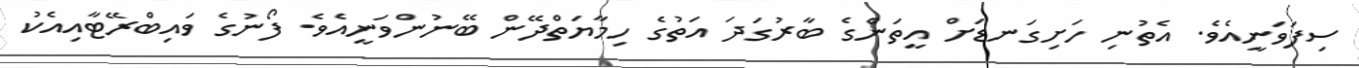
ސިފަވަނީއެވެ. އެތުނި ހަށިގަނޑަށް އީތަންގެ ބާރުގަދަ އަތުގެ ހިމާޔަތްދޭން ބޭނުންވަނީއެވެ. ފޯނުގެ ވައިބްރޭޓާއިއެކު